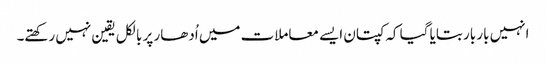
انہیں بار بار بتایا گیا کہ کپتان ایسے معاملات میں اُدھار پر بالکل یقین نہیں رکھتے۔